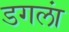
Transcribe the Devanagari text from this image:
डगलां